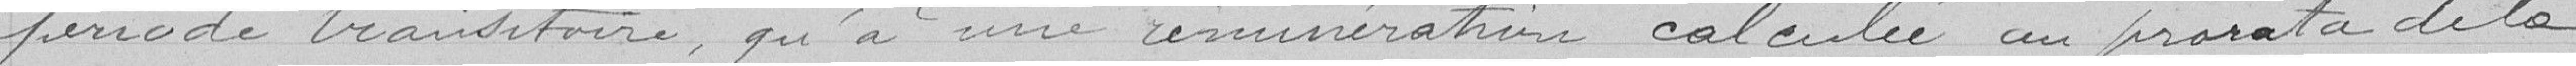
période transitoire, qu'à une rémunération calculée au prorata de la